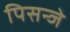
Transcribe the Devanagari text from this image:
पिसन्जे